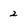
Character: 2